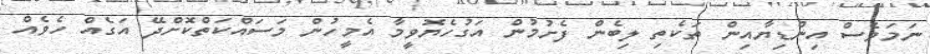
ނަމަވެސް އިންޑިޔާއިން ތަކެތި ލިބެން ފެށުމުން އަގުހެޔޮވީމާ އެމީހުން މަސައްކަތްކޮށްދޭ އަގެއް ހެވެއް